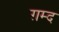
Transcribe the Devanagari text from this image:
ग़म्द